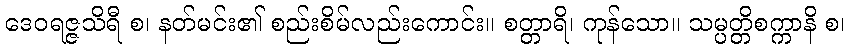
ဒေဝရဇ္ဇသိရီ စ၊ နတ်မင်း၏ စည်းစိမ်လည်းကောင်း။ စတ္တာရိ၊ ကုန်သော။ သမ္ပတ္တိစက္ကာနိ စ၊